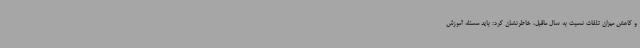
و کاهش میزان تلفات نسبت به سال ماقبل، خاطرنشان کرد: باید مسئله آموزش